Annual administration report of the Civil Veterinary Department of India - 1897-1898
Year: 1897
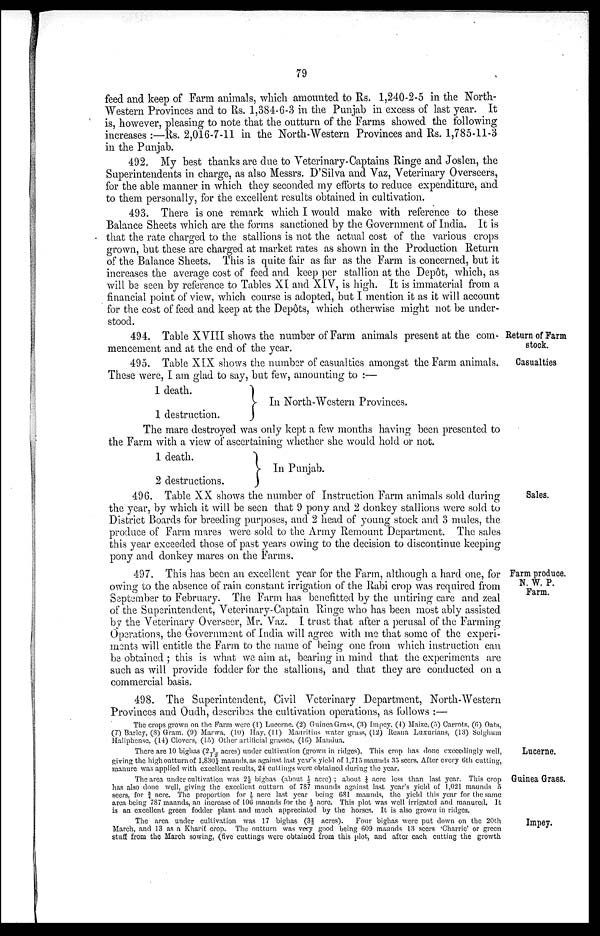
79
feed and keep of Farm animals, which amounted to Rs. 1,240-2-5 in the North-
Western Provinces and to Rs. 1,384-6-3 in the Punjab in excess of last year. It
is, however, pleasing to note that the outturn of the Farms showed the following
increases:—Rs. 2,016-7-11 in the North-Western Provinces and Rs. 1,785-11-3
in the Punjab.
492. My best thanks are due to Veterinary-Captains Ringe and Joslen, the
Superintendents in charge, as also Messrs. D'Silva and Vaz, Veterinary Overseers,
for the able manner in which they seconded my efforts to reduce expenditure, and
to them personally, for the excellent results obtained in cultivation.
493. There is one remark which I would make with reference to these
Balance Sheets which are the forms sanctioned by the Government of India. It is
that the rate charged to the stallions is not the actual cost of the various crops
grown, but these are charged at market rates as shown in the Production Return
of the Balance Sheets. This is quite fair as far as the Farm is concerned, but it
increases the average cost of feed and keep per stallion at the Depôt, which, as
will be seen by reference to Tables XI and XIV, is high. It is immaterial from a
financial point of view, which course is adopted, but I mention it as it will account
for the cost of feed and keep at the Depôts, which otherwise might not be under-
stood.
Return of Farm
stock.
494. Table XVIII shows the number of Farm animals present at the com-
mencement and at the end of the year.
Casualties
495. Table XIX shows the number of casualties amongst the Farm animals.
These were, I am glad to say, but few, amounting to:—
1 death.
1 destruction.
J
In North-Western Provinces.
The mare destroyed was only kept a few months having been presented to
the Farm with a view of ascertaining whether she would hold or not.
1 death.
2 destructions.
J
In Punjab.
\
Sales.
496. Table XX shows the number of Instruction Farm animals sold during
the year, by which it will be seen that 9 pony and 2 donkey stallions were sold to
District Boards for breeding purposes, and 2 head of young stock and 3 mules, the
produce of Farm mares were sold to the Army Remount Department. The sales
this year exceeded those of past years owing to the decision to discontinue keeping
pony and donkey mares on the Farms.
Farm produce.
N. W. P.
Farm.
497. This has been an excellent year for the Farm, although a hard one, for
owing to the absence of rain constant irrigation of the Rabi crop was required from
September to February. The Farm has benefitted by the untiring care and zeal
of the Superintendent, Veterinary-Captain Ringe who has been most ably assisted
by the Veterinary Overseer, Mr. Vaz. I trust that after a perusal of the Farming
Operations, the Government of India will agree with me that some of the experi-
ments will entitle the Farm to the name of being one from which instruction can
be obtained; this is what we aim at, bearing in mind that the experiments are
such as will provide fodder for the stallions, and that they are conducted on a
commercial basis.
498. The Superintendent, Civil Veterinary Department, North-Western
Provinces and Oudh, describes the cultivation operations, as follows:—
The crops grown on the Farm were (1) Lucerne. (2) Guinea Grass, (3) Impey, (4) Maize. (5) Carrots, (6) Oats,
(7) Barley, (8) Gram, (9) Marwa, (10) Hay, (11) Mauritius water grass, (12) Reana Luxurians, (13) Solghum
Haliphense, (14) Clovers, (15) Other artificial grasses, (16) Mandua.
Lucerne.
There are 10 bighas (2 1/12 acres) under cultivation (grown in ridges). This crop has done exceedingly well,
giving the high outturn of 1,880¼ maunds, as against last year's yield of 1,715 maunds 35 seers. After every 6th cutting,
manure was applied with excellent results, 24 cuttings were obtained during the year.
Guinea Grass.
The area under cultivation was 2½ bighas (about ½ acre); about ¼ acre less than last year. This crop
has also done well, giving the excellent outturn of 787 maunds against last year's yield of 1,021 maunds 5
seers, for 3/4 acre. The proportion for ½ acre last year being 681 maunds, the yield this year for the same
area being 787 maunds, an increase of 106 maunds for the ½ acre. This plot was well irrigated and manured. It
is an excellent green fodder plant and much appreciated by the horses. It is also grown in ridges.
Impey.
The area under cultivation was 17 bighas (3-f acres).
Four bighas were put down on the 20th
March, and 13 as a Kharif crop. The outturn was very good being 609 maunds 13 seers 'Charrie' or green
stuff from the March sowing, (five cuttings were obtained from this plot, and after each cutting the growth